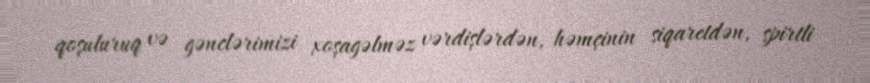
qoşuluruq və gənclərimizi xoşagəlməz vərdişlərdən, həmçinin siqaretdən, spirtli